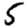
Digit: 5